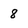
Character: 8